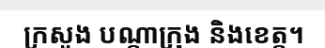
ក្រសួង បណ្តាក្រុង និងខេត្ត។